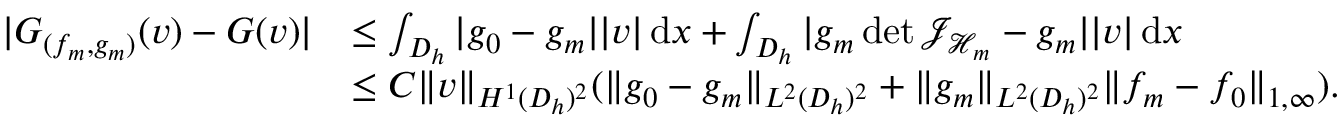
\begin{array} { r l } { | G _ { ( f _ { m } , g _ { m } ) } ( v ) - G ( v ) | } & { \le \int _ { D _ { h } } | g _ { 0 } - g _ { m } | | v | \, \mathrm { d } x + \int _ { D _ { h } } | g _ { m } \operatorname* { d e t } { \mathcal { J } _ { \mathcal { H } _ { m } } } - g _ { m } | | v | \, \mathrm { d } x } \\ & { \le C \| v \| _ { H ^ { 1 } ( D _ { h } ) ^ { 2 } } ( \| g _ { 0 } - g _ { m } \| _ { L ^ { 2 } ( D _ { h } ) ^ { 2 } } + \| g _ { m } \| _ { L ^ { 2 } ( D _ { h } ) ^ { 2 } } \| f _ { m } - f _ { 0 } \| _ { 1 , \infty } ) . } \end{array}